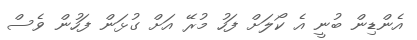
އެންޑިން ބުނީ އެ ކޯލަށް ފަހު މުރޭ އަށް ގުޅަން ފަހުން ވެސް